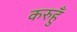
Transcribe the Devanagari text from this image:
करुहुँ